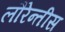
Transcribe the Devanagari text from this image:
लौरेन्तीस